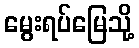
မွေးရပ်မြေသို့